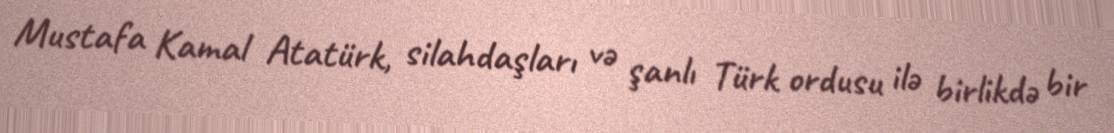
Mustafa Kamal Atatürk, silahdaşları və şanlı Türk ordusu ilə birlikdə bir